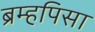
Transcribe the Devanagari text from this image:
ब्रम्हपिसा